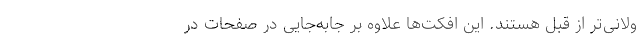
ولانی‌تر از قبل هستند. این افکت‌ها علاوه بر جابه‌جایی در صفحات در